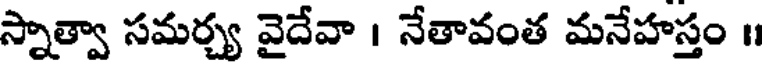
స్నాత్వా సమర్చ్య వైదేవా । నేతావంత మనేహస్తం ॥